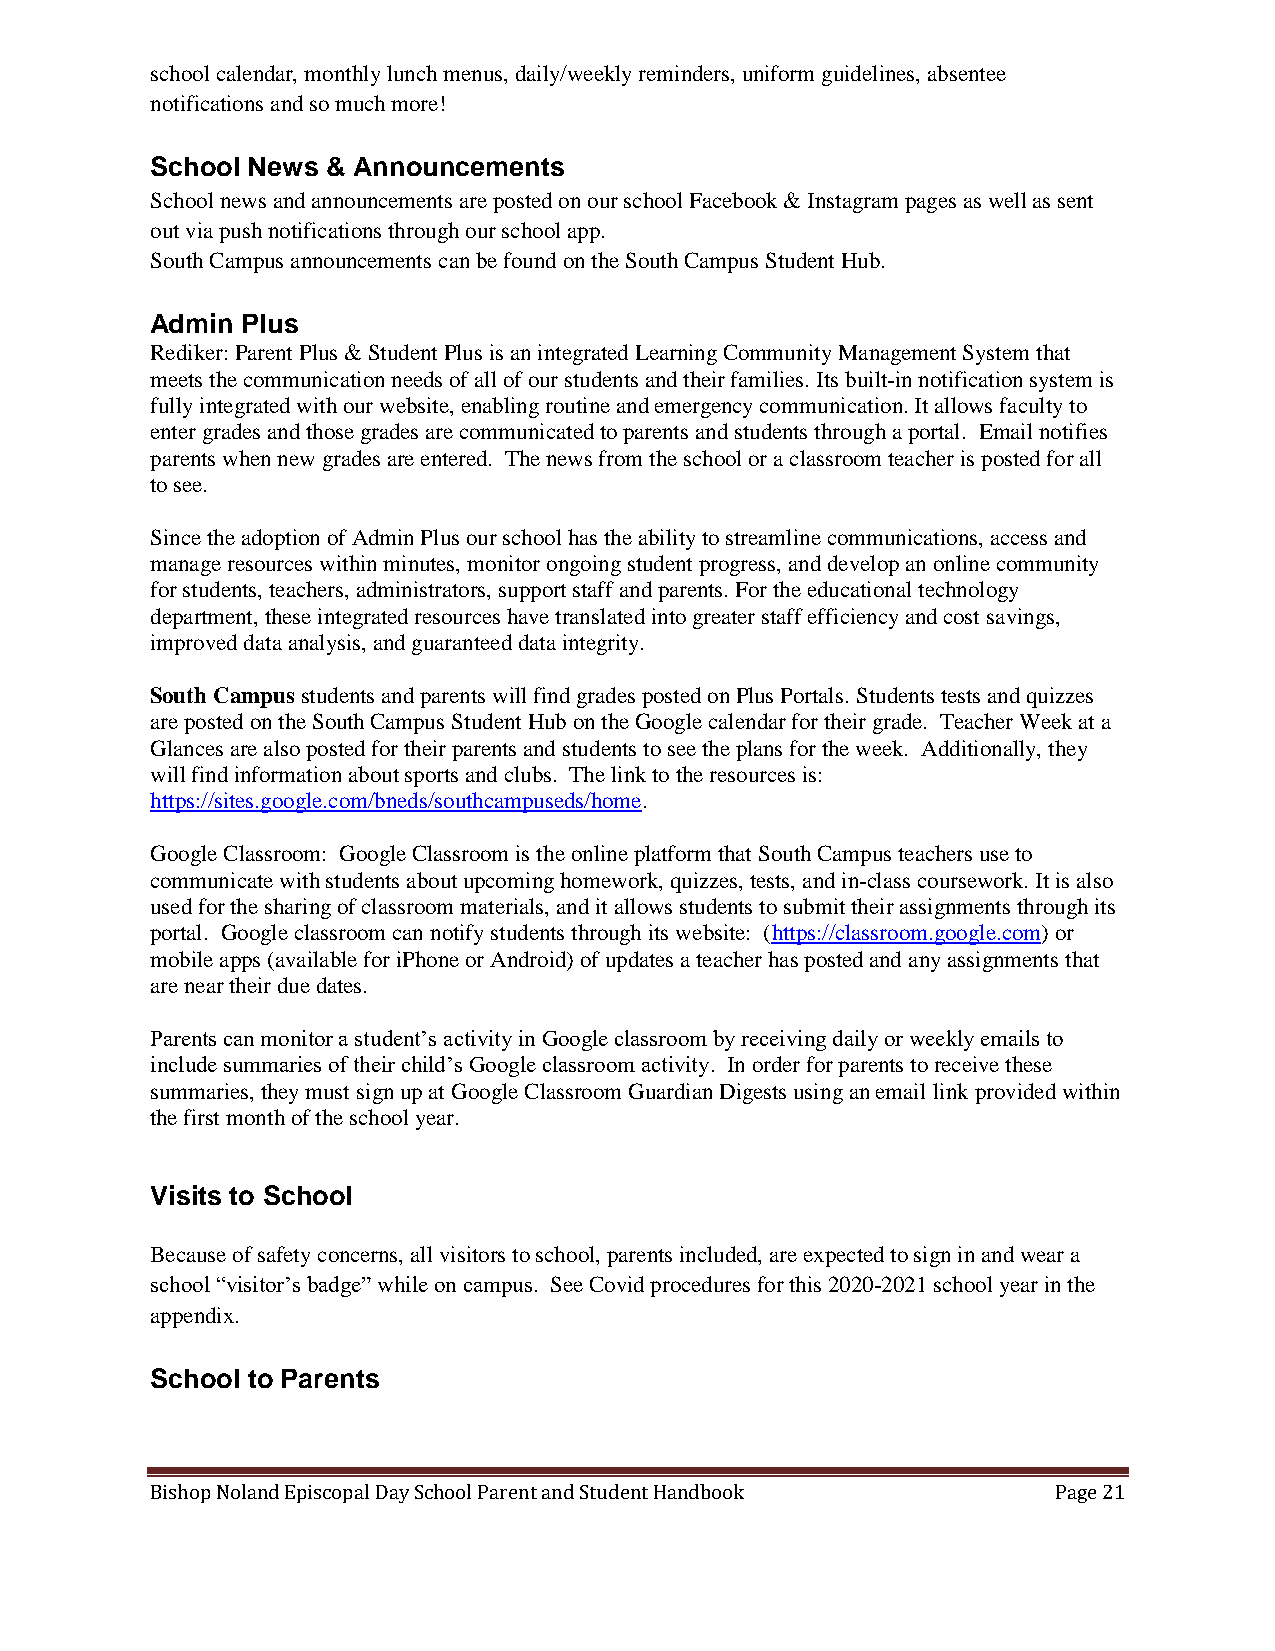
school calendar, monthly lunch menus, daily/weekly reminders, uniform guidelines, absentee
 notifications and so much more!
 School News & Announcements
 School news and announcements are posted on our school Facebook & Instagram pages as well as sent
 out via push notifications through our school app.
 South Campus announcements can be found on the South Campus Student Hub.
 Admin Plus
 Rediker: Parent Plus & Student Plus is an integrated Learning Community Management System that
 meets the communication needs of all of our students and their families. Its built-in notification system is
 fully integrated with our website, enabling routine and emergency communication. It allows faculty to
 enter grades and those grades are communicated to parents and students through a portal. Email notifies
 parents when new grades are entered. The news from the school or a classroom teacher is posted for all
 to see.
 Since the adoption of Admin Plus our school has the ability to streamline communications, access and
 manage resources within minutes, monitor ongoing student progress, and develop an online community
 for students, teachers, administrators, support staff and parents. For the educational technology
 department, these integrated resources have translated into greater staff efficiency and cost savings,
 improved data analysis, and guaranteed data integrity.
 South Campus students and parents will find grades posted on Plus Portals. Students tests and quizzes
 are posted on the South Campus Student Hub on the Google calendar for their grade. Teacher Week at a
 Glances are also posted for their parents and students to see the plans for the week. Additionally, they
 will find information about sports and clubs. The link to the resources is:
 https://sites.google.com/bneds/southcampuseds/home.
 Google Classroom: Google Classroom is the online platform that South Campus teachers use to
 communicate with students about upcoming homework, quizzes, tests, and in-class coursework. It is also
 used for the sharing of classroom materials, and it allows students to submit their assignments through its
 portal. Google classroom can notify students through its website: (https://classroom.google.com) or
 mobile apps (available for iPhone or Android) of updates a teacher has posted and any assignments that
 are near their due dates.
 Parents can monitor a student’s activity in Google classroom by receiving daily or weekly emails to
 include summaries of their child’s Google classroom activity. In order for parents to receive these
 summaries, they must sign up at Google Classroom Guardian Digests using an email link provided within
 the first month of the school year.
 Visits to School
 Because of safety concerns, all visitors to school, parents included, are expected to sign in and wear a
 school “visitor’s badge” while on campus. See Covid procedures for this 2020-2021 school year in the
 appendix.
 School to Parents
 Bishop Noland Episcopal Day School Parent and Student Handbook Page 21